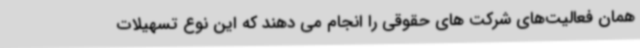
همان فعالیت‌های شرکت های حقوقی را انجام می دهند که این نوع تسهیلات